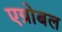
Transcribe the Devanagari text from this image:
एग्रोबल